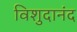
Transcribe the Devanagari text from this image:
विशुदानंद